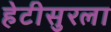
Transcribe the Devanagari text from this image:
हेटीसुरला